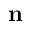
\mathbf { n }